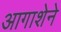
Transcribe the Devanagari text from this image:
आगाशेने